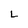
Character: L